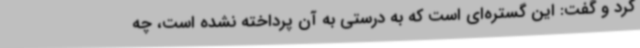
کرد و گفت: این گستره‌ای است که به درستی به آن پرداخته نشده است، چه